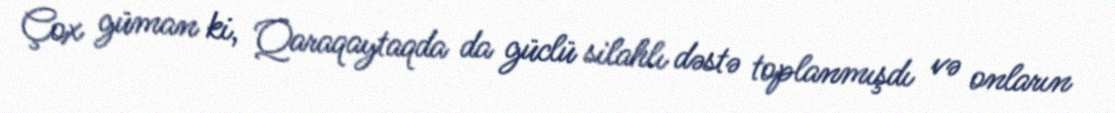
Çox güman ki, Qaraqaytaqda da güclü silahlı dəstə toplanmışdı və onların